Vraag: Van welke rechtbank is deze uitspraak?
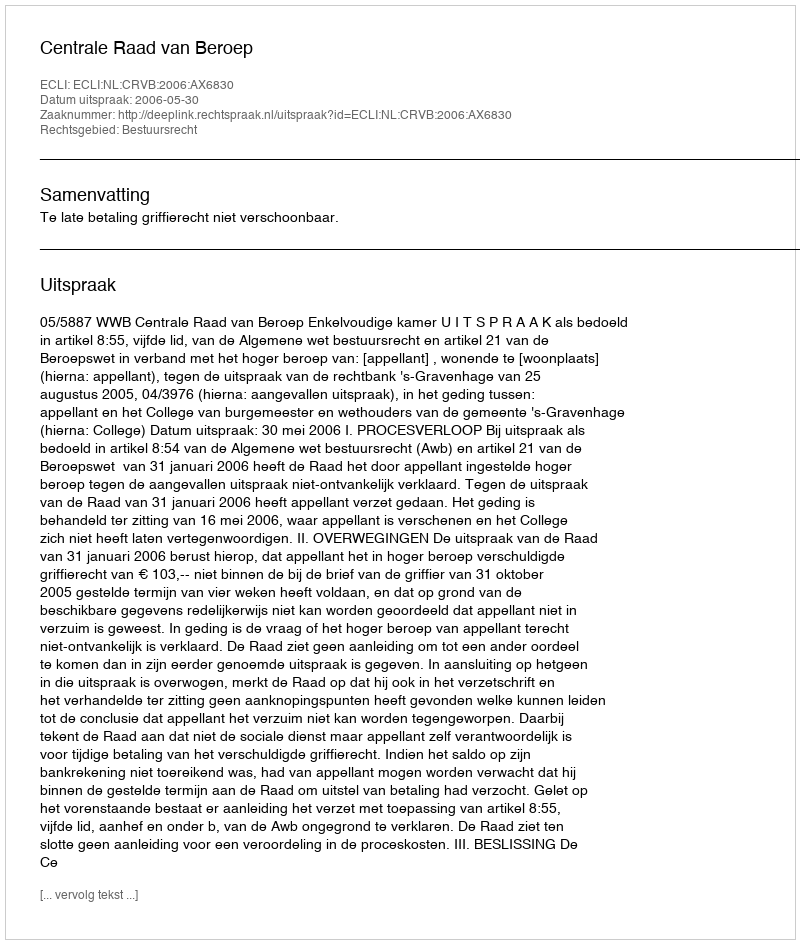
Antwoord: Centrale Raad van Beroep